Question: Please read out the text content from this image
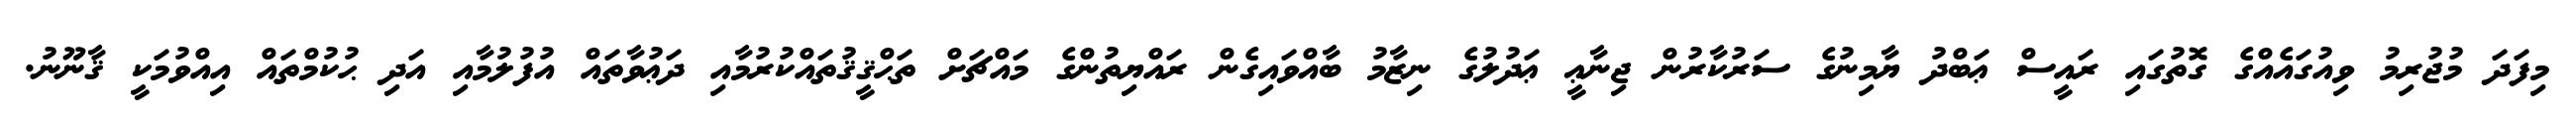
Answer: މިފަދަ މުޖުރިމު ވިއުގައެއްގެ ގޮތުގައި ރައީސް ޢަބްދު ޔާމިނުގެ ސަރުކާރުން ޖިނާޢީ ޢަދުލުގެ ނިޒާމު ބާއްވައިގެން ރައްޔިތުންގެ މައްޗަށް ތަޙްޤީޤުތައްކުރުމާއި ދަޢުވާތައް އުފުލުމާއި އަދި ޙުކުމްތައް އިއްވުމަކީ ޤާނޫނު.